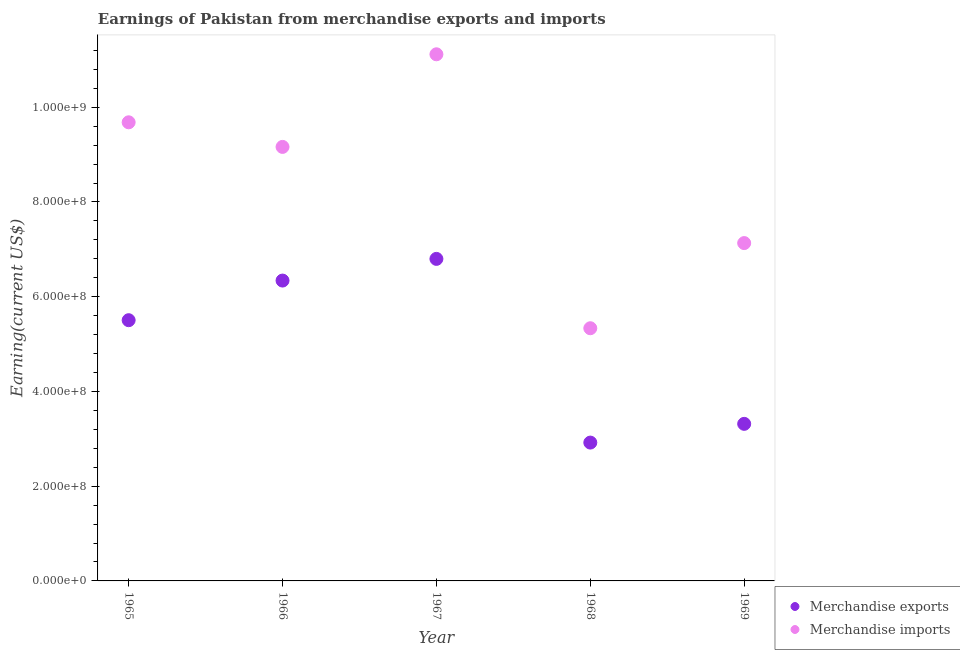
| Year | Merchandise exports | Merchandise imports |
 | --- | --- | --- |
 | 1965 | 5.5e+08 | 9.68e+08 |
 | 1966 | 6.34e+08 | 9.16e+08 |
 | 1967 | 6.8e+08 | 1.11e+09 |
 | 1968 | 2.92e+08 | 5.33e+08 |
 | 1969 | 3.32e+08 | 7.13e+08 |